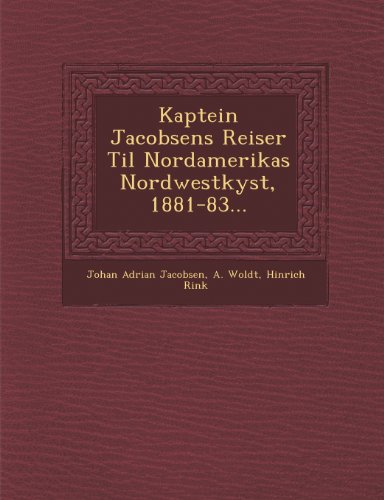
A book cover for Kaptein Jacobsens Reiser Til Nordamerikas Nordwestkyst, 1881-83... (Danish Edition); Johan Adrian Jacobsen; History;